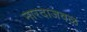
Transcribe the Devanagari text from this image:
नारदाजवळ